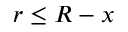
r \leq R - x